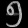
Digit: ၅